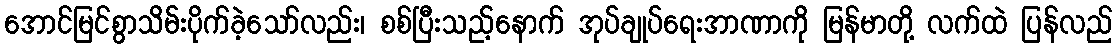
အောင်မြင်စွာသိမ်းပိုက်ခဲ့သော်လည်း၊ စစ်ပြီးသည့်နောက် အုပ်ချုပ်ရေးအာဏာကို မြန်မာတို့ လက်ထဲ ပြန်လည်